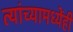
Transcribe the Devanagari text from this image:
त्यांच्यामध्येंही